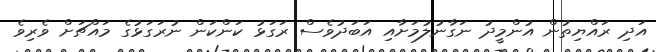
އަދި ރައްޔިތުން އުންމީދު ނަގާނުލުމަށާއި އަބަދުވެސް ރަގަޅު ކަންކަން ނުރަގަޅުގެ މައްޗަށް ވެރިވެ